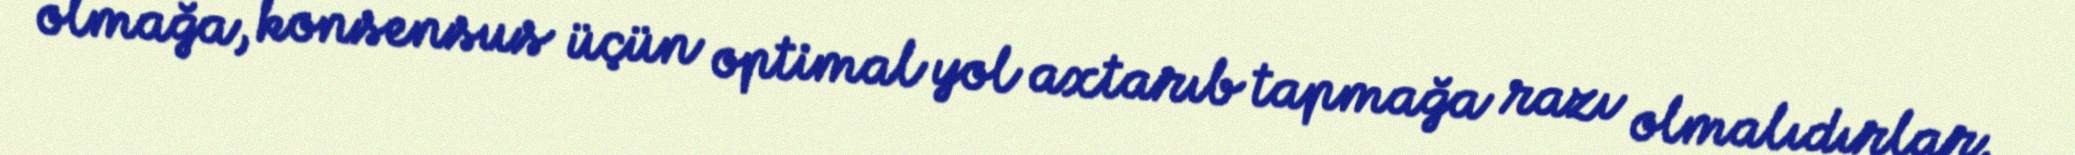
olmağa, konsensus üçün optimal yol axtarıb tapmağa razı olmalıdırlar.